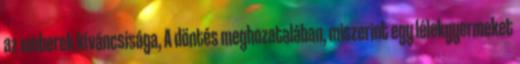
az emberek kíváncsisága, A döntés meghozatalában, miszerint egy lélekgyermeket